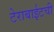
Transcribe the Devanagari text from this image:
टेराबाईटची